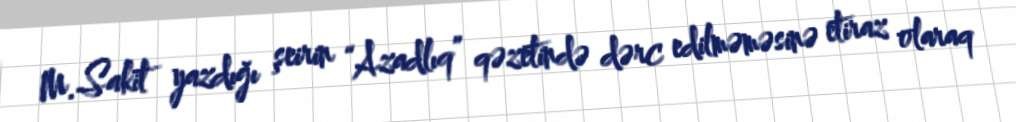
M.Sakit yazdığı şeirin “Azadlıq” qəzetində dərc edilməməsinə etiraz olaraq